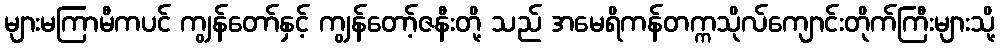
များမကြာမီကပင် ကျွန်တော်နှင့် ကျွန်တော့်ဇနီးတို့ သည် အမေရိကန်တက္ကသိုလ်ကျောင်းတိုက်ကြီးများသို့